Civil Veterinary Dept. Bombay admin report 1900-1906 - 1900-1906
Year: 1900
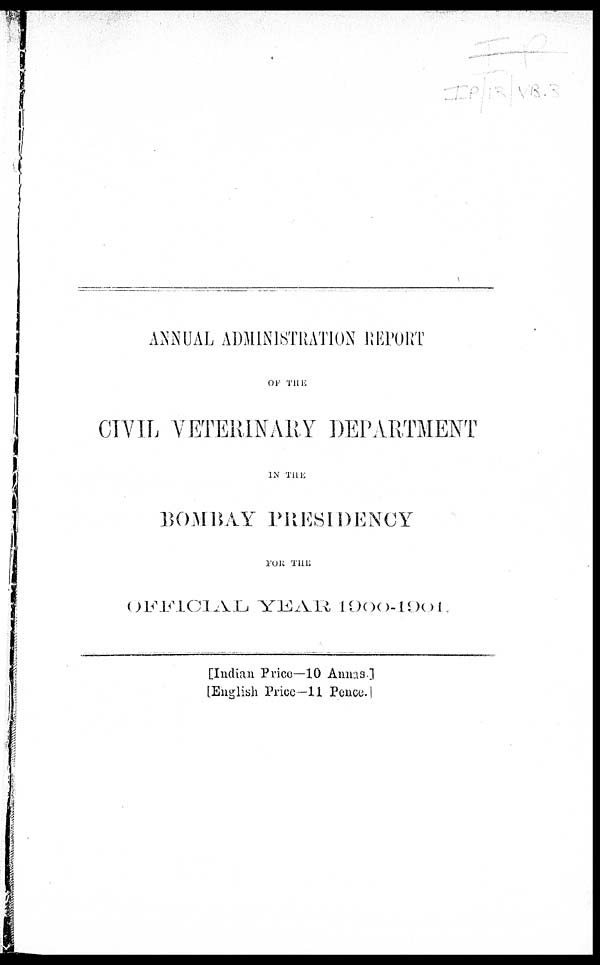
ANNUAL ADMINISTRATION REPORT
OF THE
CIVIL VETERINARY DEPARTMENT
IN THE
BOMBAY PRESIDENCY
FOR THE
OFFICIAL YEAR 1900-1901.
[Indian Price—10 Annas.]
[English Price—11 Pence.]